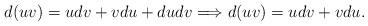
LaTeX: \begin{align*}d(uv)=udv+vdu+dudv \Longrightarrow d(uv)=udv+vdu.\end{align*}